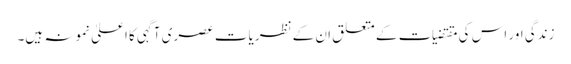
زندگی اور اس کی مقتضیات کے متعلق ان کے نظریات عصری آگہی کا اعلیٰ نمونہ ہیں۔